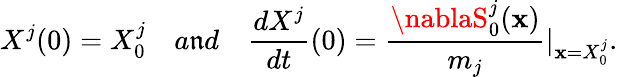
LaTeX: X^{j}(0)=X_{0}^{j}~~~~a\mathfrak{n}d~~~~\frac{{dX^{j}}}{{dt}}(0)=\frac{{\nablaS_{0}^{j}(\textbf{{x}})}}{{m_{j}}}\vert_{\textbf{{x}}=X_{0}^{j}}.